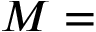
M =